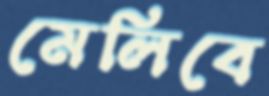
মেলিবে